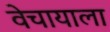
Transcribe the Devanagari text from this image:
वेचायाला